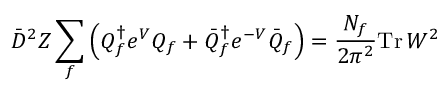
\bar { D } ^ { 2 } Z \sum _ { f } \left( { Q } _ { f } ^ { \dagger } e ^ { V } { Q } _ { f } + \bar { Q } _ { f } ^ { \dagger } e ^ { - V } \bar { Q } _ { f } \right) = \frac { N _ { f } } { 2 \pi ^ { 2 } } \mathrm { T r } \, W ^ { 2 }